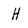
Character: H